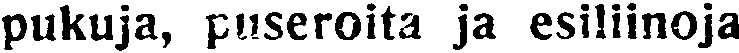
pukuja, puseroita ja esiliinoja